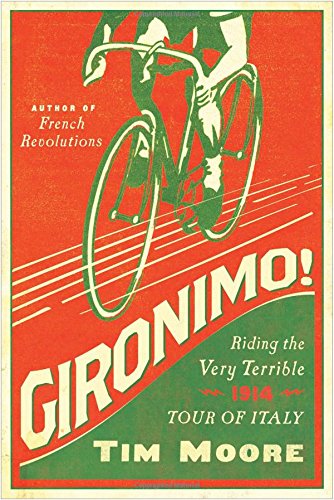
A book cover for Gironimo!: Riding the Very Terrible 1914 Tour of Italy; Tim Moore; Humor & Entertainment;